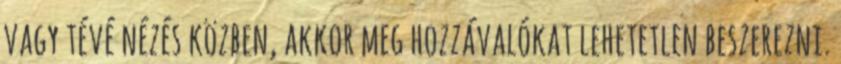
vagy tévé nézés közben, akkor meg hozzávalókat lehetetlen beszerezni.